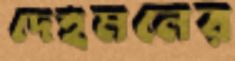
দেহমনের